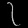
Digit: ၇